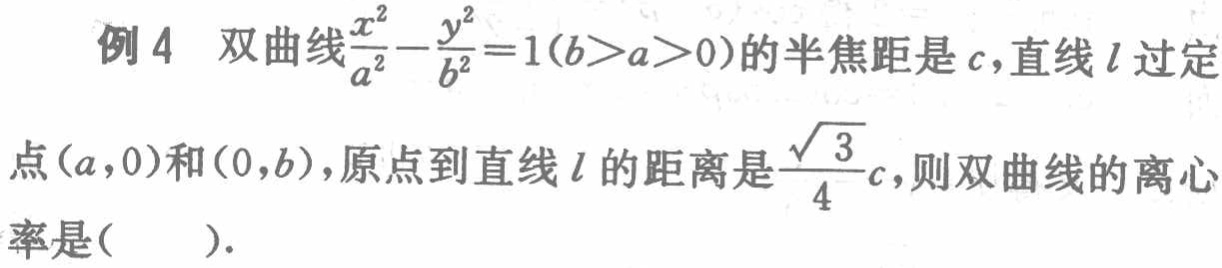
例4 双曲线$\frac{x^{2}}{a^{2}}-\frac{y^{2}}{b^{2}} = 1(b > a > 0)$的半焦距是$c$，直线$l$过定点$(a,0)$和$(0,b)$，原点到直线$l$的距离是$\frac{\sqrt{3}}{4}c$，则双曲线的离心率是( ).